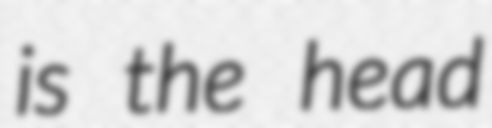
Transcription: is the head